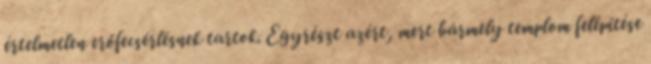
értelmetlen erőfecsérlésnek tartok. Egyrészt azért, mert bármely templom felépítése